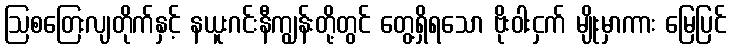
ဩစတြေးလျတိုက်နှင့် နယူးဂင်းနီကျွန်းတို့တွင် တွေ့ရှိရသော ဗိုးဝါးငှက် မျိုးမှာကား မြေပြင်